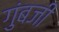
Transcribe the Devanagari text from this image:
गुंबजी